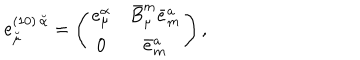
LaTeX: e _ { \breve { \mu } } ^ { ( 1 0 ) \, \breve { \alpha } } = \left( \begin{matrix} { { e _ { \mu } ^ { \alpha } } } & { { \bar { B } _ { \mu } ^ { m } \bar { e } _ { m } ^ { a } } } \\ { { 0 } } & { { \bar { e } _ { m } ^ { a } } } \\ \end{matrix} \right) ,